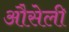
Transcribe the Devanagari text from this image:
औसेली